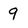
Character: 9